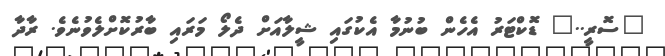
"ސޮރީ.." ޑޮކްޓަރު އެހެން ބުނުމާ އެކުގައި ޝީލާއަށް ދެލޯ މަރައި ބާރުކޮށްލެވުނެވެ. ރާދާ